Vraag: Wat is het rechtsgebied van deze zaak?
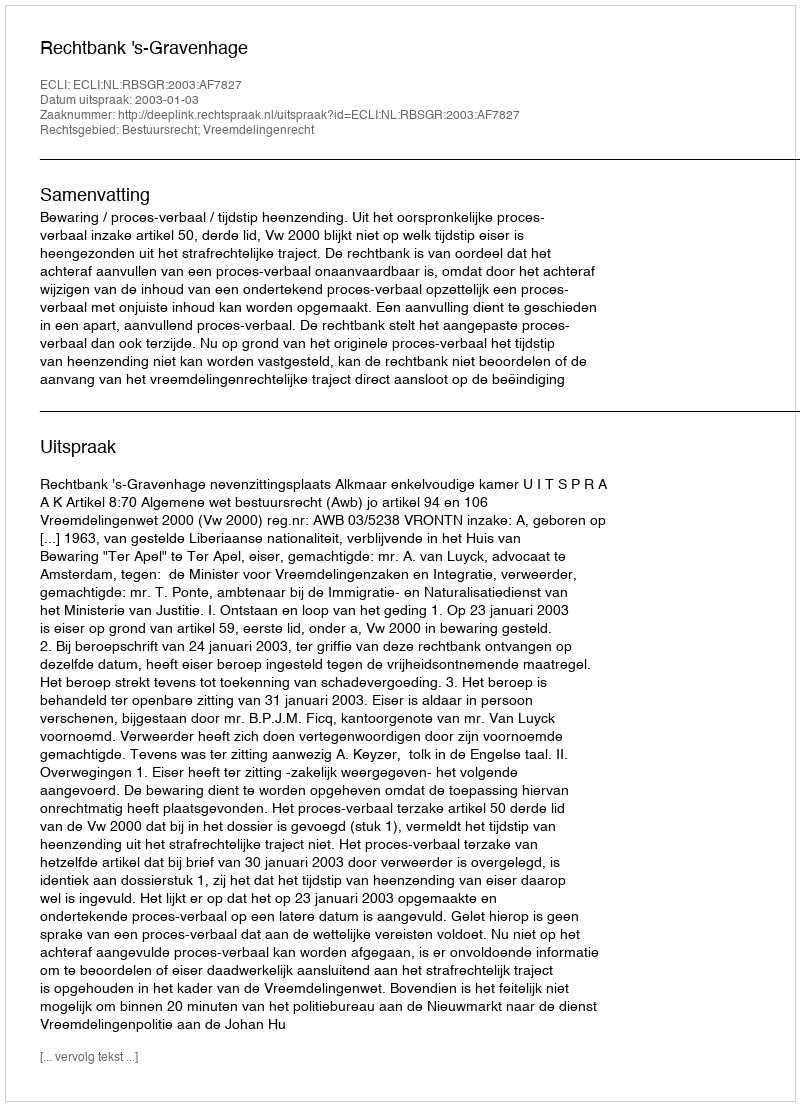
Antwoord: Bestuursrecht; Vreemdelingenrecht